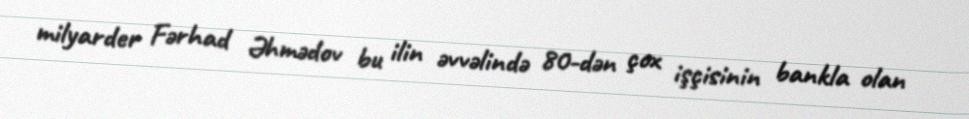
milyarder Fərhad Əhmədov bu ilin əvvəlində 80-dən çox işçisinin bankla olan